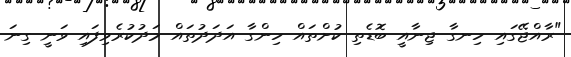
"ރާއްޖޭގައި ހިނގާ ޖިނާއީ ބޮޑެތި ކުށްތައް ހިންގާ އަދަދުތައް މަދުކުރެވިފައި ވަނީ ގިނަ